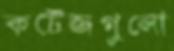
কটেজগুলো